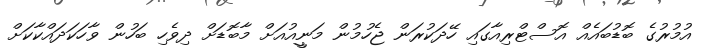
އުމުރުގެ ބޮޑުބައެއް އޮސްޓްރިއާގައި ހޭދަކުރަން ޖެހުމުން މަނީީއުއަށް މާބޮޑަށް ދިވެހި ބަހުން ވާހަކަދައްކާކަށް